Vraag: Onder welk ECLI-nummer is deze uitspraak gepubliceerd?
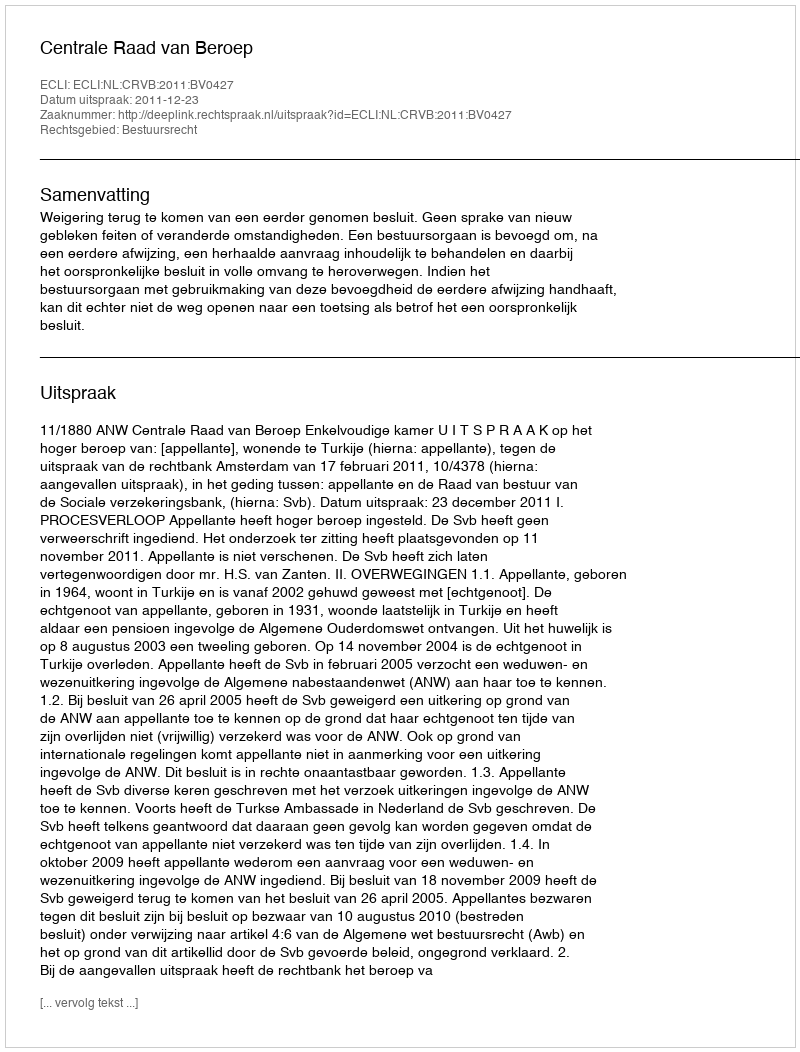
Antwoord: ECLI:NL:CRVB:2011:BV0427